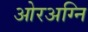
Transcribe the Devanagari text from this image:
ओरअग्नि